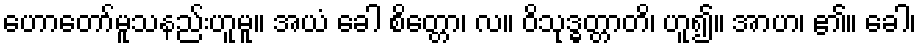
ဟောတော်မူသနည်းဟူမူ။ အယံ ခေါ စိတ္တော၊ လ။ ဝိသုဒ္ဓတ္တာတိ၊ ဟူ၍။ အာဟ၊ ၏။ ခေါ၊